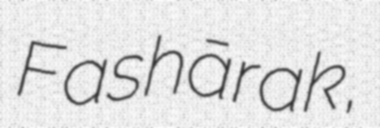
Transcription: Fashārak,